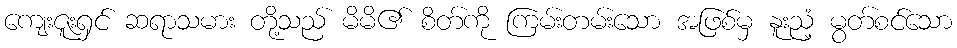
ကျေးဇူးရှင် ဆရာသမား တို့သည် မိမိ၏ စိတ်ကို ကြမ်းတမ်းသော အဖြစ်မှ နူးညံ့ မွတ်စင်သော